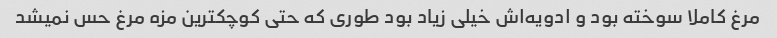
مرغ کاملا سوخته بود و ادویه‌اش خیلی زیاد بود طوری که حتی کوچکترین مزه مرغ حس نمیشد